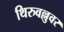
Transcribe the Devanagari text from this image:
थिरुवल्लुवर